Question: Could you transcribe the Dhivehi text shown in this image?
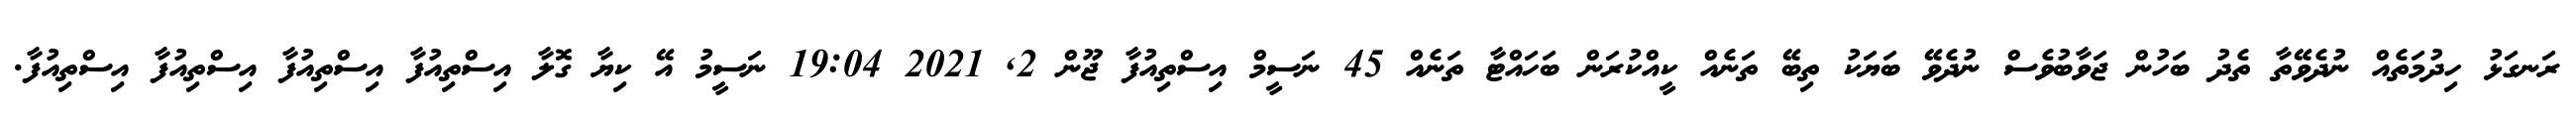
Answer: ރަނގަޅު ހިދުމަތެއް ނުދެވޭތާ ތެދު ބަހުން ޖަވާބުވެސް ނުދެވޭ ބަޔަކު ތިބޭ ތަނެއް ކީއްކުރަން ބަހައްޓާ ތަނެއް 45 ނަސީމް އިސްތިއުފާ ޖޫން 2, 2021 19:04 ނަސީމު އޭ ކިޔާ ގޮލާ އިސްތިއުފާ އިސްތިއުފާ އިސްތިއުފާ އިސްތިއުފާ.